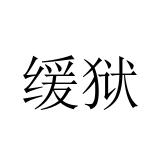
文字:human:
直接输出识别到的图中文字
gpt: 缓狱